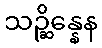
သဉ္ဆိန္နေန